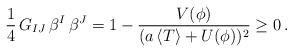
\begin{align*}{1\over 4}\, G_{IJ} \, \beta^I \, \beta^J =1 - {V(\phi) \over (a \, \langle T \rangle + U(\phi))^2 } \geq 0\, .\end{align*}